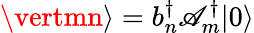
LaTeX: \vertmn\rangle=b_{n}^{\dagger}\mathscr{A}_{m}^{\dagger}\vert0\rangle